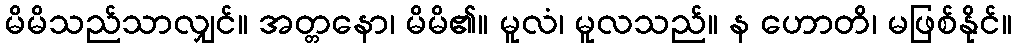
မိမိသည်သာလျှင်။ အတ္တနော၊ မိမိ၏။ မူလံ၊ မူလသည်။ န ဟောတိ၊ မဖြစ်နိုင်။